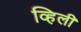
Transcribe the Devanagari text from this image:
व्हिली